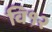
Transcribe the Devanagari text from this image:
वि१२